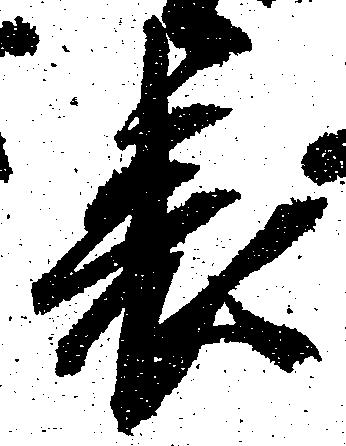
表